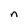
Character: n